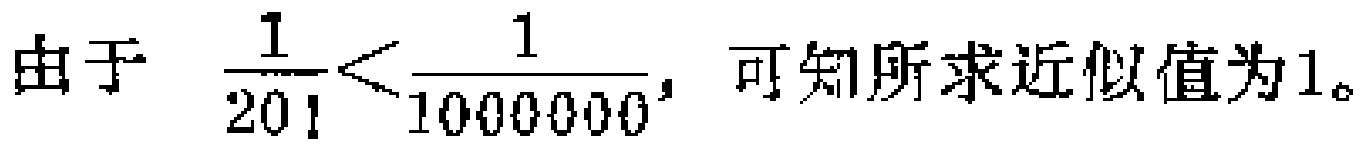
由于 $\dfrac{1}{20!}<\dfrac{1}{1000000}$，可知所求近似值为1。